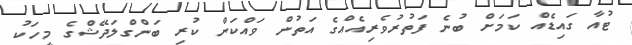
ޓުއާ ގައިޑެއް ކަމަށް ބުނެ ފަތުރުވެރިއެއްގެ އަތުން ވައްކަން ކުރި ބަންގްލަދޭޝްގެ މީހަކު